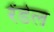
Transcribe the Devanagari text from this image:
रेंडेल